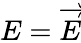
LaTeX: E={\overrightarrow{E}}